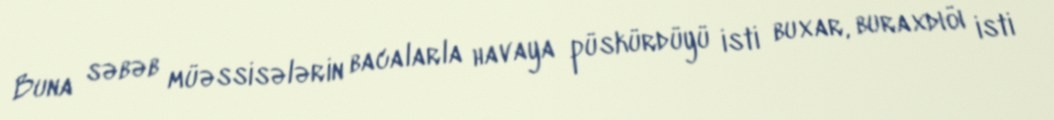
Buna səbəb müəssisələrin bacalarla havaya püskürdüyü isti buxar, buraxdıöı isti